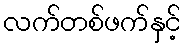
လက်တစ်ဖက်နှင့်